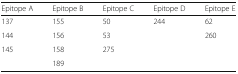
<table><thead><tr><td><b>Epitope A</b></td><td><b>Epitope B</b></td><td><b>Epitope C</b></td><td><b>Epitope D</b></td><td><b>Epitope E</b></td></tr></thead><tbody><tr><td>137</td><td>155</td><td>50</td><td>244</td><td>62</td></tr><tr><td>144</td><td>156</td><td>53</td><td></td><td>260</td></tr><tr><td>145</td><td>158</td><td>275</td><td></td><td></td></tr><tr><td></td><td>189</td><td></td><td></td><td></td></tr></tbody></table>